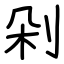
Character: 剁